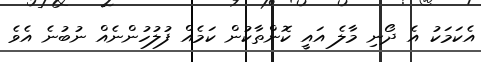
އެކަމަކު އެ ދޯނި މާލެ އައީ ކޮންތާކުން ކަމެއް ފުލުހުންނެއް ނުބުނެ އެވެ